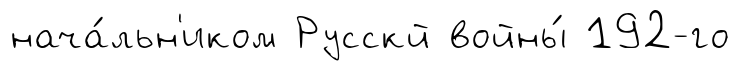
нача́льн'иком Русскй войны́ 192-го